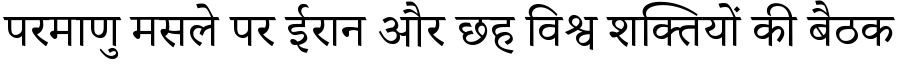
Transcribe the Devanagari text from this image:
परमाणु मसले पर ईरान और छह विश्व शक्तियों की बैठक